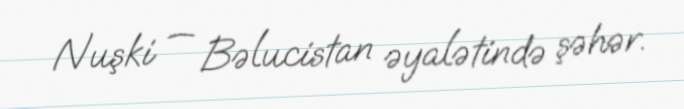
Nuşki — Bəlucistan əyalətində şəhər.